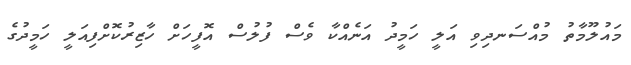
މައުލޫމާތު މުއްސަނދިވި އަލީ ހަމީދު އަނެއްކާ ވެސް ފުލުސް އޮފީހަށް ހާޒިރުކޮށްފިއަލީ ހަމީދުގެ